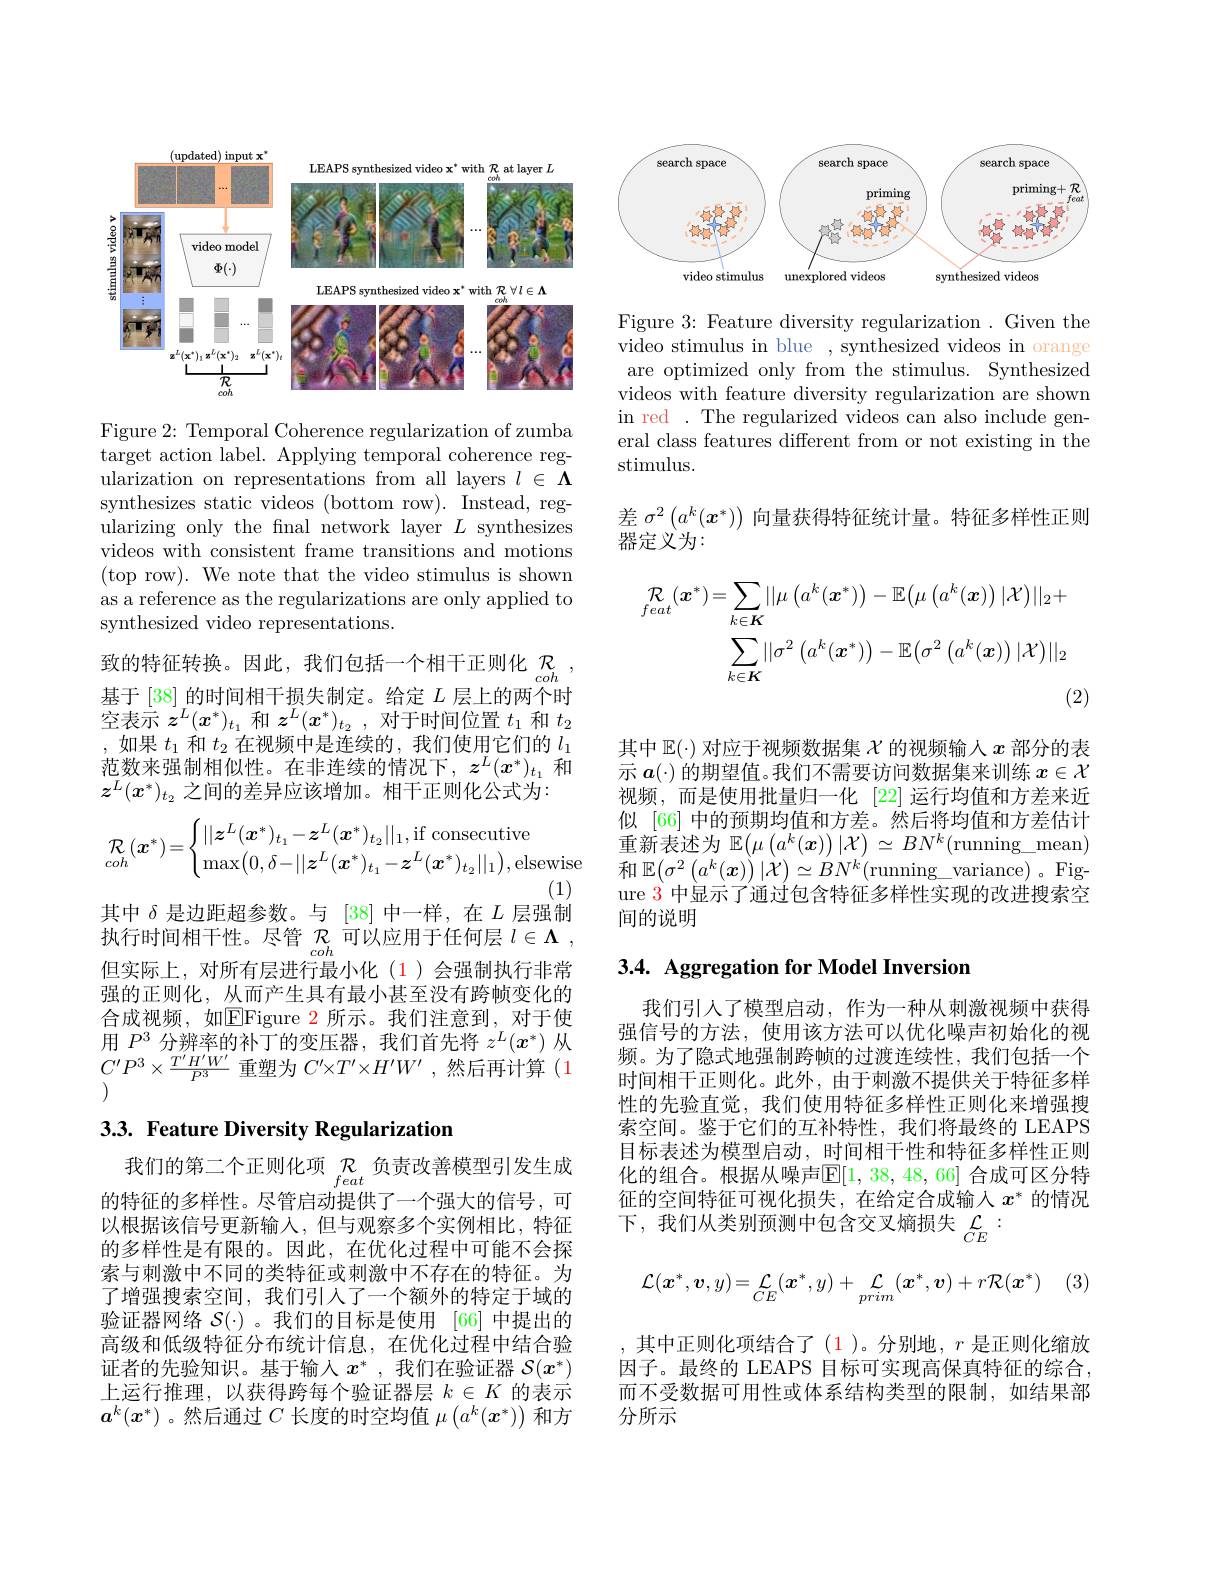
<FigureHere>

Figure 2: Temporal Coherence regularization of zumba target action label. Applying temporal coherence regularization on representations from all layers $l\in\boldsymbol\Lambda$ synthesizes static videos (bottom row). Instead, regularizing only the fnal network layer $L$ synthesizes videos with consistent frame transitions and motions (top row). We note that the video stimulus is shown as a reference as the regularizations are only applied to synthesized video representations.

致的特征转换。因此，我们包括一个相干正则化$\underset coh$ 基于[38]的时间相干损失制定。给定$L$层上的两个时空表示$z^L(x^*)_{t_1}$和$z^L(x^*)_{t_2}$,对于时间位置$t_1$和$t_2$ ,如果$t_1$和$t_2$在视频中是连续的，我们使用它们的$l_1$ 范数来强制相似性。在非连续的情况下，$z^L(x^*)_{t_1}$和$z^L(x^*)_{t_2}$之间的差异应该增加。相干正则化公式为：
$$\mathcal{R}_{coh}(\boldsymbol{x}^{*})=\begin{cases}||\boldsymbol{z}^{L}(\boldsymbol{x}^{*})_{t_{1}}-\boldsymbol{z}^{L}(\boldsymbol{x}^{*})_{t_{2}}||_{1},\text{if consecutive}\\\max\left(0,\delta-||\boldsymbol{z}^{L}(\boldsymbol{x}^{*})_{t_{1}}-\boldsymbol{z}^{L}(\boldsymbol{x}^{*})_{t_{2}}||_{1}\right),\text{else}\end{cases}$$
(1)
其中$\delta$是边距超参数。与[38]中一样，在$L$层强制执行时间相干性。尽管$\mathcal{R}_coh$可以应用于任何层$l\in\boldsymbol\Lambda$, 但实际上，对所有层进行最小化(1)会强制执行非常强的正则化，从而产生具有最小甚至没有跨帧变化的合成视频，如$\boxed{\mathrm{E}}$Figure 2 所示。我们注意到，对于使用$P^3$分辨率的补丁的变压器，我们首先将$z^L(x^*)$从$C^{\prime}P^{3}\times\frac{T^{\prime}H^{\prime}W^{\prime}}{P^{3}}$重塑为 $C^\prime\times T^{\prime}\times H^{\prime}W^{\prime}$,然后再计算(1

## 3.3. Feature Diversity Regularization

我们的第二个正则化项$\underset feat$负责改善模型引发生成的特征的多样性。尽管启动提供了一个强大的信号，可以根据该信号更新输入，但与观察多个实例相比，特征的多样性是有限的。因此，在优化过程中可能不会探索与刺激中不同的类特征或刺激中不存在的特征。为了增强搜索空间，我们引人了一个额外的特定于域的验证器网络$\mathcal{S}(\cdot)$ 。我们的目标是使用 [66]中提出的高级和低级特征分布统计信息，在优化过程中结合验证者的先验知识。基于输入$x^*$ ,我们在验证器$\mathcal{S}(x^*)$ 上运行推理，以获得跨每个验证器层$k\in K$的表示$\boldsymbol{a}^k(\boldsymbol{x}^*)$ 。然后通过$C$长度的时空均值$\mu\left(a^k(\boldsymbol{x}^*)\right)$和方

<FigureHere>

Figure 3: Feature diversity regularization. Given the video stimulus in blue , synthesized videos in orange are optimized only from the stimulus. Synthesized videos with feature diversity regularization are shown in red . The regularized videos can also include general class features different from or not existing in the stimulus.

差$\sigma^2\left(a^k(\boldsymbol{x}^*)\right)$向量获得特征统计量。特征多样性正则
器定义为：
$$\begin{aligned}\mathcal{R}_{feat}(\boldsymbol{x}^{*})&=\sum_{k\in K}||\mu\left(a^{k}(\boldsymbol{x}^{*})\right)-\mathbb{E}\big(\mu\left(a^{k}(\boldsymbol{x})\right)|\mathcal{X}\big)||_{2}+\\&\sum_{k\in K}||\sigma^{2}\left(a^{k}(\boldsymbol{x}^{*})\right)-\mathbb{E}\big(\sigma^{2}\left(a^{k}(\boldsymbol{x})\right)|\mathcal{X}\big)||_{2}\\&\text{(2}\end{aligned}$$
其中$\mathbb{E}(\cdot)$对应于视频数据集$\chi$的视频输入$x$部分的表示$a(\cdot)$的期望值。我们不需要访问数据集来训练$x\in\mathcal{X}$ 视频，而是使用批量归一化 [22] 运行均值和方差来近似 [66] 中的预期均值和方差。然后将均值和方差估计重新表述为$\mathbb{E}(\mu\left(a^k(\boldsymbol{x})\right)|\mathcal{X})\simeq BN^k($running\_mean) 和$\mathbb{E}(\sigma^2\left(a^k(x)\right)|\dot{\mathcal{X}})\simeq BN^k($running\_variance)。Figure 3 中显示了通过包含特征多样性实现的改进搜索空间的说明

# 3.4. Aggregation for Model Inversion

我们引人了模型启动，作为一种从刺激视频中获得强信号的方法，使用该方法可以优化噪声初始化的视频。为了隐式地强制跨帧的过渡连续性，我们包括一个时间相干正则化。此外，由于刺激不提供关于特征多样性的先验直觉，我们使用特征多样性正则化来增强搜索空间。鉴于它们的互补特性，我们将最终的 LEAPS 目标表述为模型启动，时间相干性和特征多样性正则化的组合。根据从噪声$\mathbb{E}[1,38,48,66]$ 合成可区分特征的空间特征可视化损失，在给定合成输入$x^*$的情况下，我们从类别预测中包含交叉熵损失$\mathcal{L}_CE:$
$$\mathcal{L}(\boldsymbol{x}^*,\boldsymbol{v},y)=\boldsymbol{L}_{CE}(\boldsymbol{x}^*,y)+\boldsymbol{L}_{prim}(\boldsymbol{x}^*,\boldsymbol{v})+r\mathcal{R}(\boldsymbol{x}^*)$$
,其中正则化项结合了(1)。分别地，$r$是正则化缩放因子。最终的 LEAPS 目标可实现高保真特征的综合， 而不受数据可用性或体系结构类型的限制，如结果部分所示